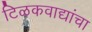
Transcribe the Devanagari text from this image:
टिळकवाद्यांचा